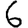
Digit: 6